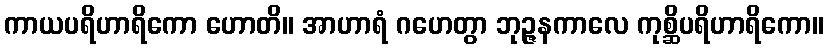
ကာယပရိဟာရိကော ဟောတိ။ အာဟာရံ ဂဟေတွာ ဘုဉ္ဇနကာလေ ကုစ္ဆိပရိဟာရိကော။